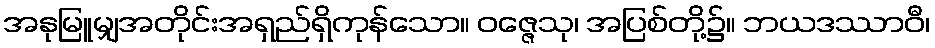
အနုမြူမျှအတိုင်းအရှည်ရှိကုန်သော။ ဝဇ္ဇေသု၊ အပြစ်တို့၌။ ဘယဒဿာဝီ၊